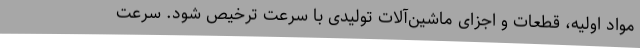
مواد اولیه، قطعات و اجزای ماشین‌آلات تولیدی با سرعت ترخیص شود. سرعت